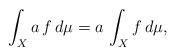
LaTeX: \begin{align*} \int_X a \, f \, d\mu = a \, \int_X f \, d\mu,\end{align*}